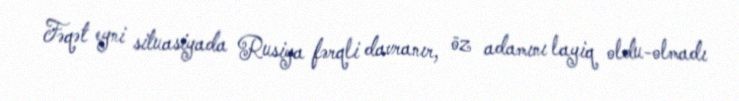
Fəqət eyni situasiyada Rusiya fərqli davranır, öz adamını layiq oldu-olmadı